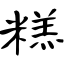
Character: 糕